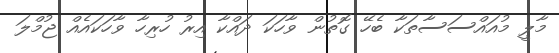
މާލީ މުއައްސަސާތަކާ ބެހޭ ގޮތުން ވާހަކަ ދައްކާ އިރު ހުރިހާ ވާހަކައެއް ޖުމްލަ